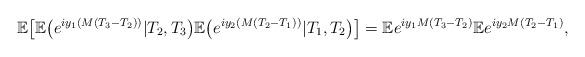
LaTeX: \begin{align*} \mathbb{E} \bigl [ \mathbb{E}\bigl(e^{i y_1 (M(T_3-T_2))}|T_2,T_3\bigr) \mathbb{E}\bigr(e^{ i y_2 (M(T_2-T_1)) } |T_1,T_2\bigr)\bigr]= \mathbb{E}e^{iy_1M(T_3-T_2)} \mathbb{E}e^{i y_2M(T_2-T_1)},\end{align*}